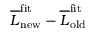
\overline { { L } } _ { \mathrm { n e w } } ^ { \mathrm { f i t } } - \overline { { L } } _ { \mathrm { o l d } } ^ { \mathrm { f i t } }